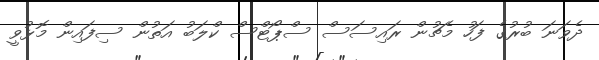
ދެވަނަ ބުރުގެ ފަހު މެޗުން ރައިސަސް ސްޕޯޓްސް ކްލަބު އަތުން ސިފައިން މޮޅުވީ